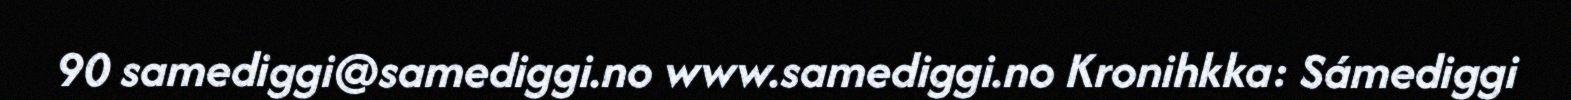
90 samediggi@samediggi.no www.samediggi.no Kronihkka: Sámediggi